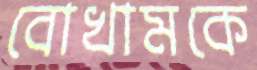
বোখামকে